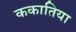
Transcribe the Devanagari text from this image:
ककातिया